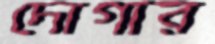
দোগার